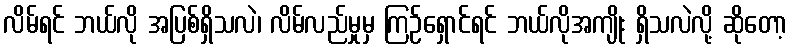
လိမ်ရင် ဘယ်လို အပြစ်ရှိသလဲ၊ လိမ်လည်မှုမှ ကြဉ်ရှောင်ရင် ဘယ်လိုအကျိုး ရှိသလဲလို့ ဆိုတော့